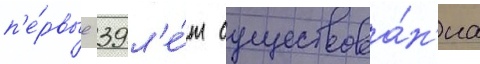
п'е́рвые 39 л'е́т существова́н'иа